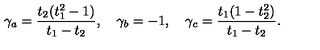
\gamma _ { a } = { \frac { t _ { 2 } ( t _ { 1 } ^ { 2 } - 1 ) } { t _ { 1 } - t _ { 2 } } } , \quad \gamma _ { b } = - 1 , \quad \gamma _ { c } = { \frac { t _ { 1 } ( 1 - t _ { 2 } ^ { 2 } ) } { t _ { 1 } - t _ { 2 } } } .